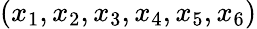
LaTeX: (x_{1},x_{2},x_{3},x_{4},x_{5},x_{6})